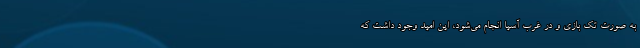
به صورت تک بازی و در غرب آسیا انجام می‌شود، این امید وجود داشت که